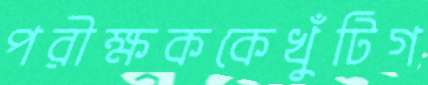
পরীক্ষককেখুঁটিগ